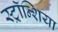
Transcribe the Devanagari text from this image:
स्ट्रॉन्शिया